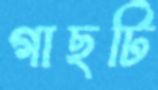
গাছটি